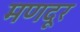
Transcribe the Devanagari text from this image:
मणदूर